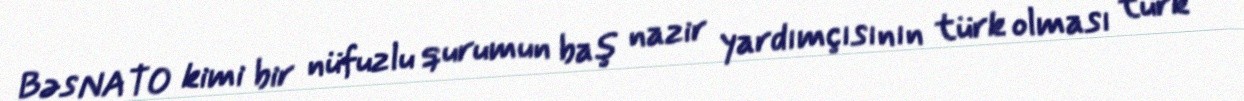
Bəs NATO kimi bir nüfuzlu qurumun baş nazir yardımçısının türk olması türk